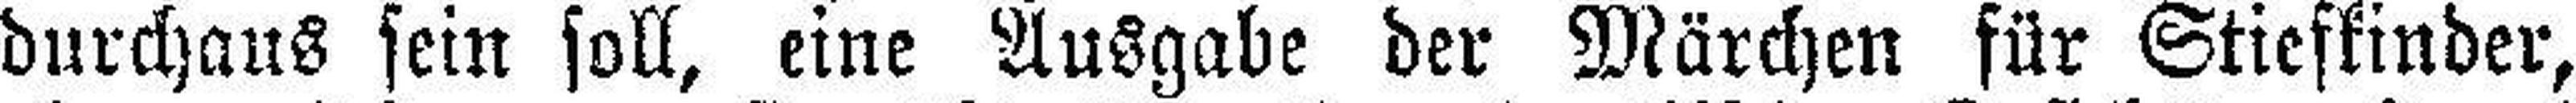
durchaus sein soll, eine Ausgabe der Märchen für Stiefkinder,